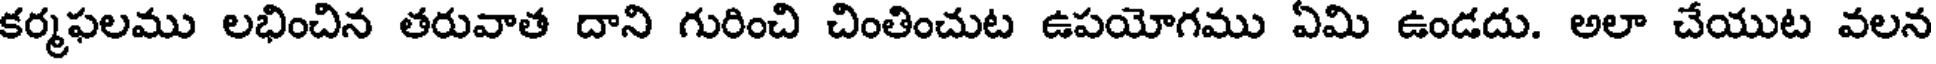
కర్మఫలము లభించిన తరువాత దాని గురించి చింతించుట ఉపయోగము ఏమి ఉండదు. అలా చేయుట వలన